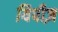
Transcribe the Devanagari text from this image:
यिपीज़